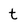
Character: t